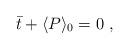
LaTeX: \begin{align*}\bar t+\langle P \rangle_0 =0\ ,\end{align*}